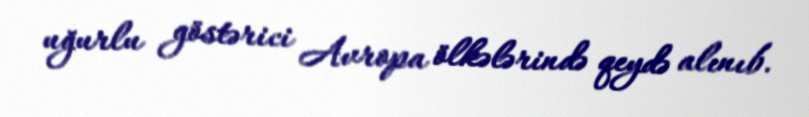
uğurlu göstərici Avropa ölkələrində qeydə alınıb.